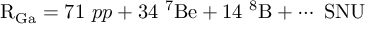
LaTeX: \mathrm { R _ { G a } } = 7 1 \ p p + 3 4 \ { } ^ { 7 } \mathrm { B e } + 1 4 \ { } ^ { 8 } \mathrm { B } + \cdots \ \mathrm { S N U }